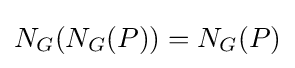
N_{G}(N_{G}(P))=N_{G}(P)